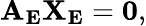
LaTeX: \mathbf{A_{E}X_{E}}=\mathbf{0},